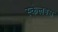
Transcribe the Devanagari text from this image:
स्केलडस